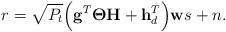
LaTeX: \begin{align*} r= \sqrt{P_t}\Bigl(\mathbf{g}^T \boldsymbol{\Theta} \mathbf{H} +\mathbf{h}_d^T\Bigr)\mathbf{w} s +n.\end{align*}